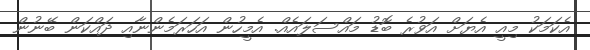
އެކަމަކު މިއީ އެޔަށް އަވުރެ ބޮޑު މައްސަލައެއް. އެމީހުން އަހަރަމެންނާއި ދައްކަން ބޭނުން